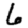
Digit: 6